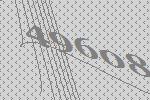
49608